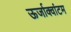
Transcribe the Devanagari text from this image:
ऊर्जाक्वांटम